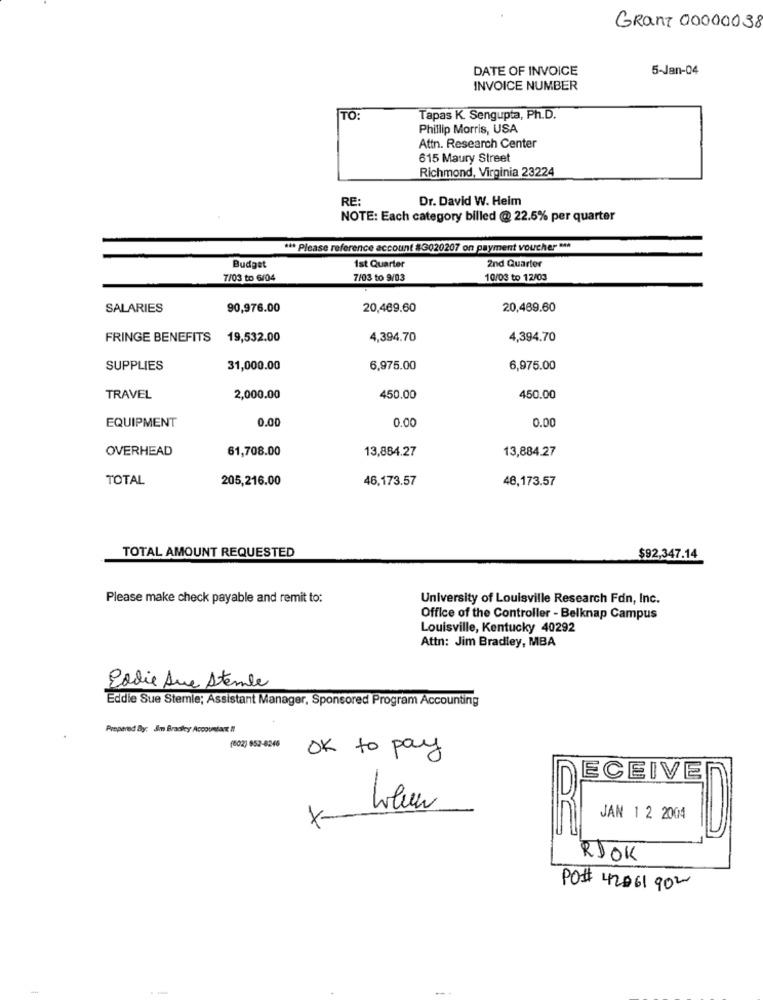
Grant 00000038
DATE OF INVOICE
5-Jan-04
INVOICE NUMBER
TO:
Tapas K. Sengupta, Ph.D.
Phillip Morris, USA
Attn. Research Center
615 Maury Street
Richmond, Virginia 23224
RE:
Dr. David W. Heim
NOTE: Each category billed @ 22.5% per quarter
*** Please reference account #3020207 on payment voucher ***
1st Quarter
2nd Quarter
Budget
7/03 to 6/04
7/03 to 9/03
10/08 to 12/03
SALARIES
90,976.00
20,469.60
20,469.60
FRINGE BENEFITS 19,532.00
4,394.70
4,394.70
SUPPLIES
31,000.00
6,975.00
6,975.00
TRAVEL
2,000.00
450.00
450.00
EQUIPMENT
0.00
0.00
0.00
OVERHEAD
61,708.00
13,884.27
13,884.27
TOTAL
205,216.00
46,173.57
48,173.57
TOTAL AMOUNT REQUESTED
$92,347.14
Please make check payable and remit to:
University of Louisville Research Fdn, Inc.
Office of the Controller - Belknap Campus
Louisville, Kentucky 40292
Attn: Jim Bradley, MBA
Podie Aue Stemte
Eddie Sue Stemle; Assistant Manager, Sponsored Program Accounting
Prepared By: Jm Bradley Accountant !!
(602) 952-8246
OK to pay
ECEIVE
X
JAN 1 2 2004
RJOK
PO# 42061 902